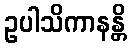
ဥပါသိကာနန္တိ